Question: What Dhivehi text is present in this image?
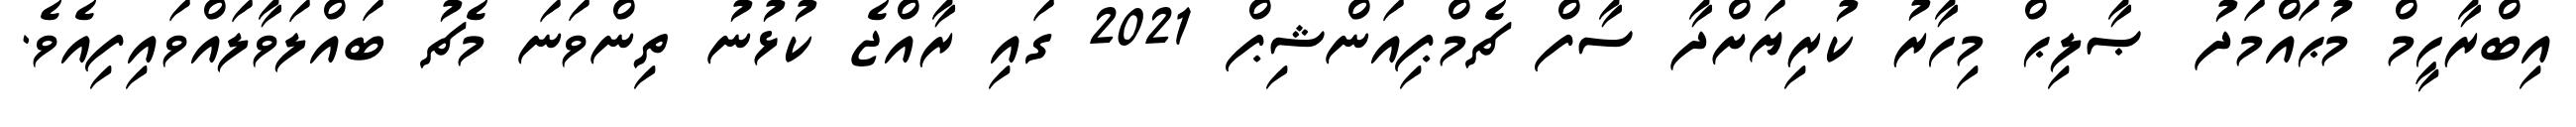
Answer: އިބްރާހީމް މުޙައްމަދު ޞާލިޙް މިހާރު ކުރިޔަށްދާ ސާފް ޗެމްޕިއަންޝިޕް 2021 ގައި ރާއްޖެ ކުޅުނު ތިންވަނަ މެޗު ބައްލަވާލައްވައިފިއެވެ.